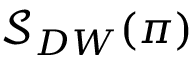
\mathcal { S } _ { D W } ( \pi )